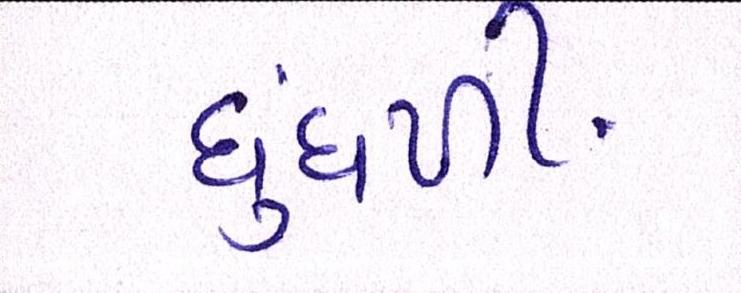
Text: ધુંધળી